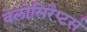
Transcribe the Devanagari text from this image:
वेलोसिरैप्टर्स